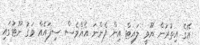
އޭގެ އިތުރުން ޔޫވީ ލައިޓް އިން ފެންނަ އެއްވެސް ސިފައެއް ވަގު ނޫޓުގައި